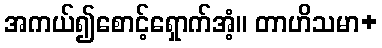
အကယ်၍စောင့်ရှောက်အံ့။ တာဟိသမာ+